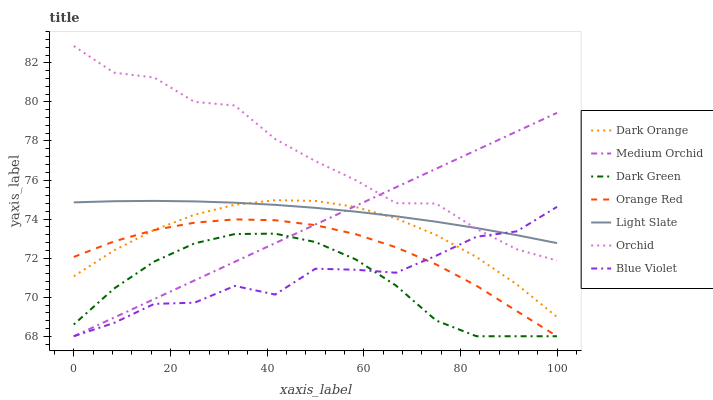
| xaxis_label | Dark Orange | Medium Orchid | Dark Green | Orange Red | Light Slate | Orchid | Blue Violet |
 | --- | --- | --- | --- | --- | --- | --- | --- |
 | 0 | 71.1 | 68 | 68.6 | 72.1 | 74.9 | 82.9 | 68 |
 | 8.33 | 72.4 | 69 | 70.4 | 72.9 | 74.9 | 81.5 | 68.7 |
 | 16.7 | 73.4 | 69.9 | 71.8 | 73.4 | 74.9 | 81.2 | 69.7 |
 | 25 | 74.2 | 70.9 | 72.8 | 73.8 | 74.9 | 80 | 69.7 |
 | 33.3 | 74.7 | 71.8 | 73.2 | 74 | 74.8 | 79.8 | 70.6 |
 | 41.7 | 75 | 72.8 | 73.3 | 73.9 | 74.7 | 78.1 | 70.1 |
 | 50 | 74.9 | 73.7 | 72.8 | 73.7 | 74.6 | 77 | 71.5 |
 | 58.3 | 74.6 | 74.7 | 71.9 | 73.2 | 74.4 | 76 | 71.4 |
 | 66.7 | 74 | 75.6 | 70.6 | 72.6 | 74.1 | 74.8 | 71.3 |
 | 75 | 73.2 | 76.6 | 68.8 | 71.7 | 73.9 | 74.8 | 72.1 |
 | 83.3 | 72.1 | 77.5 | 68 | 70.6 | 73.5 | 73.5 | 73.1 |
 | 91.7 | 70.7 | 78.5 | 68 | 69.3 | 73.2 | 72.5 | 73.4 |
 | 100 | 69 | 79.4 | 68 | 68 | 72.8 | 71.9 | 74.6 |